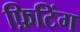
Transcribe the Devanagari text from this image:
फ़िटिंग